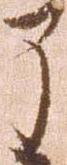
了